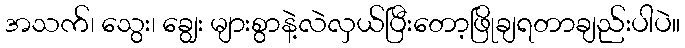
အသက်၊ သွေး၊ ချွေး များစွာနဲ့လဲလှယ်ပြီးတော့ဖြိုချရတာချည်းပါပဲ။